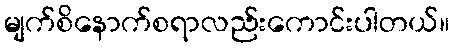
မျက်စိနောက်စရာလည်းကောင်းပါတယ်။